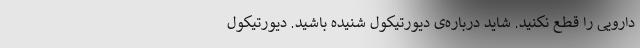
دارویی را قطع نکنید. شاید درباره‌ی دیورتیکول شنیده باشید. دیورتیکول